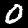
Label: 0